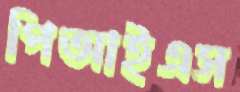
পিআইএস